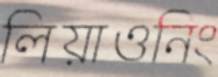
লিয়াওনিং